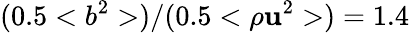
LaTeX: (0.5<b^{2}>)/(0.5<\rho\mathbf{u}^{2}>)=1.4